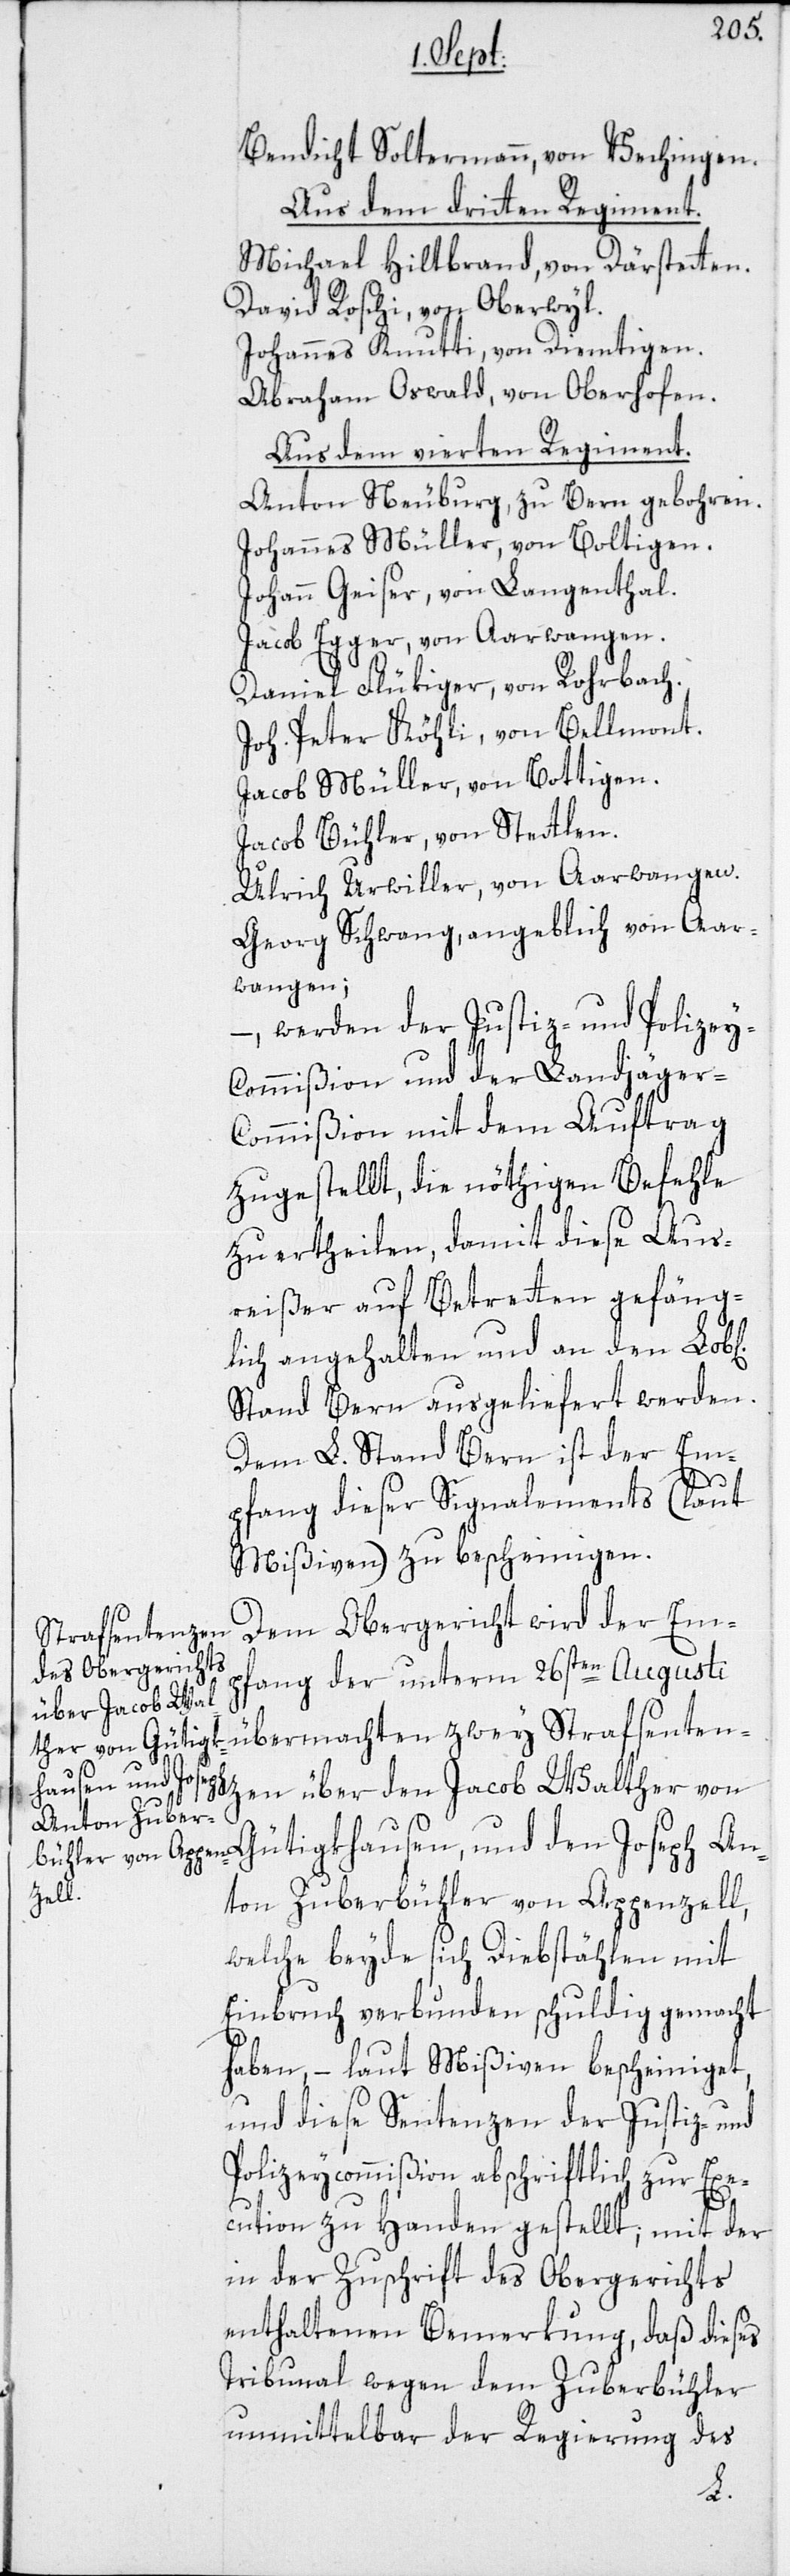
Benedicht Soltermannn, von Vechingen.
Aus dem dritten Regiment.
Michael Hiltbrand, von Därstetten.
David Roschi, von Oberwyl.
Johannes Knutti, von Diemtigen
Abraham Oswald, von Oberhofen.
Aus dem vierten Regiment.
Anton Neuburg, zu Bern gebohren.
Johannes Müller, von Boltigen.
Johann Geiser, von Langenthal.
Jacob Egger, von Aarwangen.
Daniel Flükiger, von Rohrbach.
Joh. Peter Köhli, von Bellmont.
Jacob Müller, von Bottigen.
Jacob Bühler, von Stettlen.
Ulrich Urwiller, von Aarwangen.
Georg Schwang, angeblich von Aar¬
wangen;
werden der Justiz- und Polizey-C¬
ommißion und der Landjäger-C¬
ommißion mit dem Auftrag
zugestellt, die nöthigen Befehle
zu ertheilen, damit diese Aus¬
reißer auf Betretten gefäng¬
lich angehalten und an den Lob[l¬
Stand Bern ausgeliefert werden.
Dem L. Stand Bern ist der Em¬
An¬
pfang dieser Signalements (laut
Mißiven) zu bescheinigen.
Dem Obergericht wird der Em¬
pfang der unterm 26sten Augusti
übermachten zwey Strafsenten¬
khausen, und den
zen über den Jacob Walther von
ton Zuberbühler von Appenzell,
welche beyde sich Diebstählen mit
Einbruch verbunden schuldig gemacht
haben, – laut Mißiven bescheiniget,
und diese Sentenzen der Justiz- und
Polizeycommißion abschriftlich zur Exe¬
cution zu Handen gestellt; mit der
in der Zuschrift des Obergerichts
enthaltenen Bemerkung, daß dieses
Tribunal wegen dem Zuberbühler
unmittelbar der Regierung des